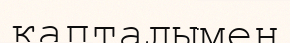
қапталымен